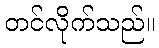
တင်လိုက်သည်။